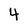
Character: 4